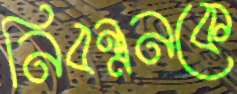
নিবন্ধনকে